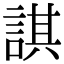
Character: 諆